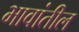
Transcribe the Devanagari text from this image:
भावांतील